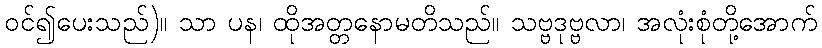
ဝင်၍ပေးသည်)။ သာ ပန၊ ထိုအတ္တနောမတိသည်။ သဗ္ဗဒုဗ္ဗလာ၊ အလုံးစုံတို့အောက်